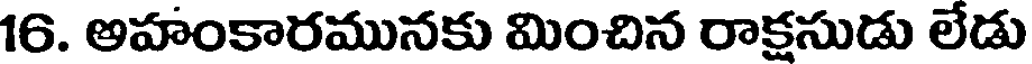
16. అహంకారమునకు మించిన రాక్షసుడు లేడు